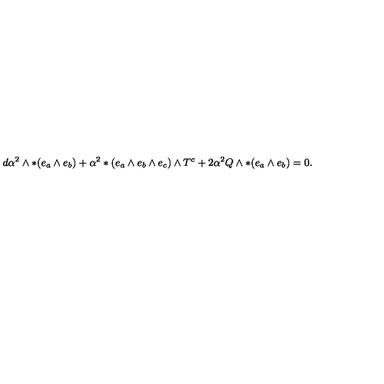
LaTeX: d \alpha ^ { 2 } \wedge * ( e _ { a } \wedge e _ { b } ) + \alpha ^ { 2 } * ( e _ { a } \wedge e _ { b } \wedge e _ { c } ) \wedge T ^ { c } + 2 \alpha ^ { 2 } Q \wedge * ( e _ { a } \wedge e _ { b } ) = 0 .